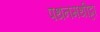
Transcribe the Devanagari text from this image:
पथनमथीट्टा